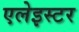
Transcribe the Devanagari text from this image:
एलेइस्टर